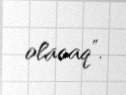
olacaq”.